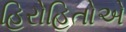
હિરોહિતોએ